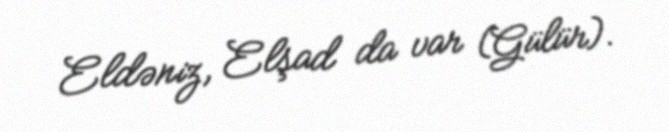
Eldəniz, Elşad da var (Gülür).